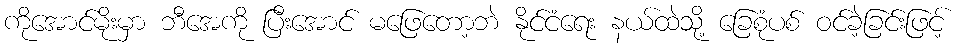
ကိုအောင်မိုးမှာ ဘီအေကို ပြီးအောင် မဖြေတော့ဘဲ နိုင်ငံရေး နယ်ထဲသို့ ခြေစုံပစ် ဝင်ခဲ့ခြင်းဖြင့်